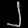
Digit: ၂